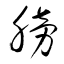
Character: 膀